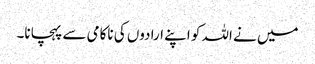
میں نے اللہ کو اپنے ارادوں کی ناکامی سے پہچانا۔